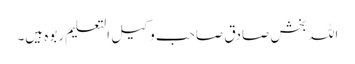
اللہ بخش صادق صاحب وکیل التعلیم ربوہ ہیں۔